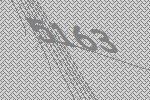
5163